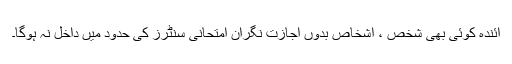
آئندہ کوئی بھی شخص ، اشخاص بدوں اجازت نگران امتحانی سنٹرز کی حدود میں داخل نہ ہوگا۔